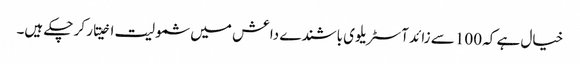
خیال ہے کہ 100 سے زائد آسٹریلوی باشندے داعش میں شمولیت اخیتار کر چکے ہیں۔